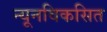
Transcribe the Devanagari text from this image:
न्यूनविकसित